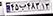
۴۵ب۴۸۳۱۳